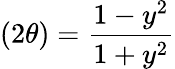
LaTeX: (2\theta)=\frac{1-y^{2}}{1+y^{2}}